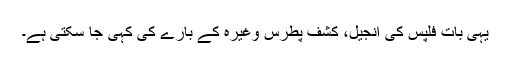
یہی بات فِلپس کی انجیل، کشفِ پطرس وغیرہ کے بارے کی کہی جا سکتی ہے۔